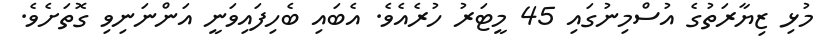
މުޅި ޒިޔާރަތުގެ އުސްމިނުގައި 45 މީޓަރު ހުރެއެވެ. އެބައި ބެހިފައިވަނީ އަންނަނިވި ގޮތަށެވެ.